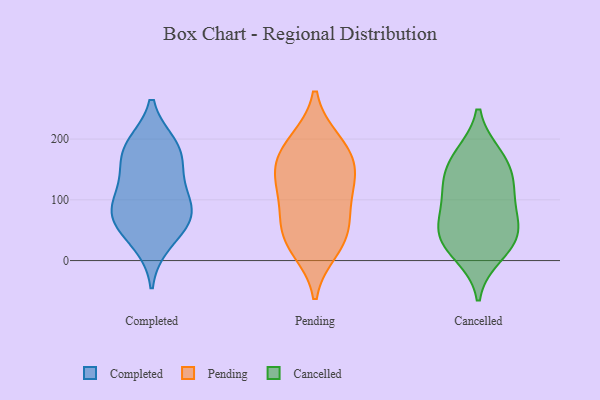
{"axis": {"x": "Production Output", "y": "Value"}, "legend": ["Cancelled", "Completed", "Pending"], "data": [{"x": "", "y": 68, "type": "Completed"}, {"x": "", "y": 189, "type": "Completed"}, {"x": "", "y": 177, "type": "Completed"}, {"x": "", "y": 30, "type": "Completed"}, {"x": "", "y": 65, "type": "Completed"}, {"x": "", "y": 77, "type": "Completed"}, {"x": "", "y": 183, "type": "Completed"}, {"x": "", "y": 112, "type": "Completed"}, {"x": "", "y": 140, "type": "Completed"}, {"x": "", "y": 88, "type": "Completed"}, {"x": "", "y": 187, "type": "Pending"}, {"x": "", "y": 44, "type": "Pending"}, {"x": "", "y": 39, "type": "Pending"}, {"x": "", "y": 21, "type": "Pending"}, {"x": "", "y": 129, "type": "Pending"}, {"x": "", "y": 159, "type": "Pending"}, {"x": "", "y": 109, "type": "Pending"}, {"x": "", "y": 194, "type": "Pending"}, {"x": "", "y": 149, "type": "Pending"}, {"x": "", "y": 77, "type": "Pending"}, {"x": "", "y": 43, "type": "Cancelled"}, {"x": "", "y": 171, "type": "Cancelled"}, {"x": "", "y": 42, "type": "Cancelled"}, {"x": "", "y": 28, "type": "Cancelled"}, {"x": "", "y": 173, "type": "Cancelled"}, {"x": "", "y": 110, "type": "Cancelled"}, {"x": "", "y": 62, "type": "Cancelled"}, {"x": "", "y": 10, "type": "Cancelled"}, {"x": "", "y": 136, "type": "Cancelled"}, {"x": "", "y": 85, "type": "Cancelled"}, {"x": "", "y": 131, "type": "Cancelled"}]}